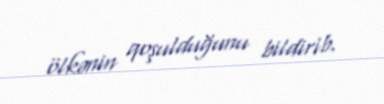
ölkənin qoşulduğunu bildirib.